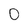
Character: 0